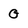
Character: G